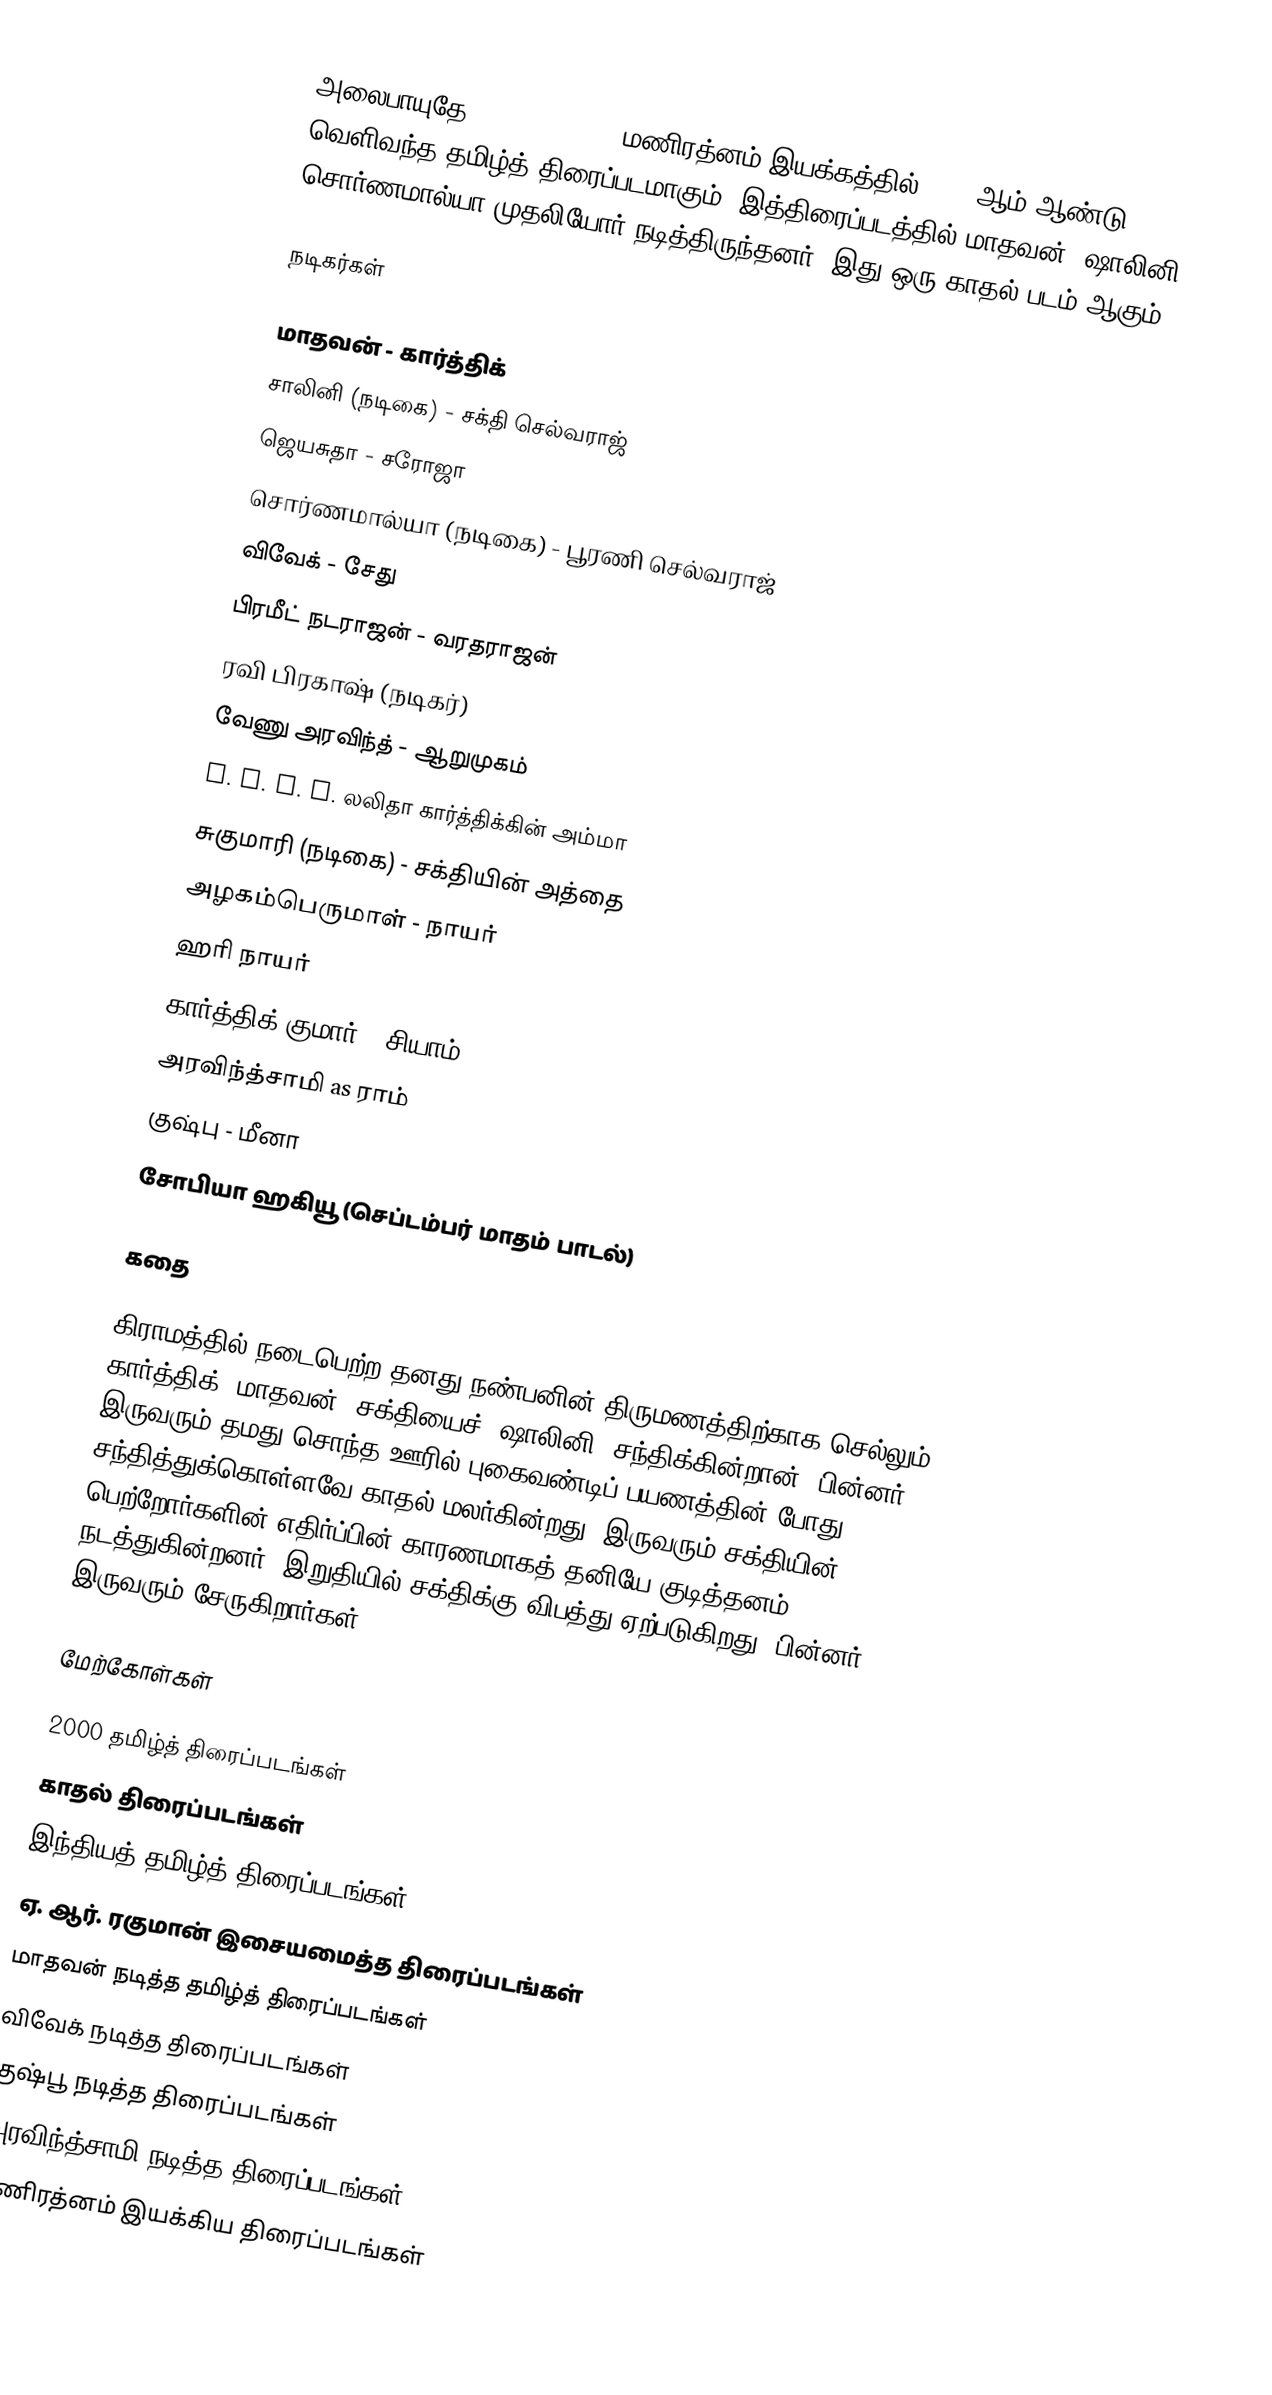
அலைபாயுதே (Alaipayudhey) மணிரத்னம் இயக்கத்தில், 2000ஆம் ஆண்டு வெளிவந்த தமிழ்த் திரைப்படமாகும். இத்திரைப்படத்தில் மாதவன், ஷாலினி, சொர்ணமால்யா முதலியோர் நடித்திருந்தனர். இது ஒரு காதல் படம் ஆகும்.

நடிகர்கள்

 மாதவன் - கார்த்திக்
 சாலினி (நடிகை) - சக்தி செல்வராஜ்
 ஜெயசுதா - சரோஜா
 சொர்ணமால்யா (நடிகை) - பூரணி செல்வராஜ்
 விவேக் - சேது
 பிரமீட் நடராஜன் - வரதராஜன்
 ரவி பிரகாஷ் (நடிகர்)
 வேணு அரவிந்த் - ஆறுமுகம்
 K. P. A. C. லலிதா கார்த்திக்கின் அம்மா
 சுகுமாரி (நடிகை) - சக்தியின் அத்தை
 அழகம்பெருமாள் - நாயர்
 ஹரி நாயர்
 கார்த்திக் குமார் - சியாம்
 அரவிந்த்சாமி as ராம்
 குஷ்பு - மீனா
 சோபியா ஹகியூ (செப்டம்பர் மாதம் பாடல்)

கதை

கிராமத்தில் நடைபெற்ற தனது நண்பனின் திருமணத்திற்காக செல்லும் கார்த்திக் (மாதவன்) சக்தியைச் (ஷாலினி) சந்திக்கின்றான். பின்னர் இருவரும் தமது சொந்த ஊரில் புகைவண்டிப் பயணத்தின் போது சந்தித்துக்கொள்ளவே காதல் மலர்கின்றது. இருவரும் சக்தியின் பெற்றோர்களின் எதிர்ப்பின் காரணமாகத் தனியே குடித்தனம் நடத்துகின்றனர். இறுதியில் சக்திக்கு விபத்து ஏற்படுகிறது. பின்னர் இருவரும் சேருகிறார்கள்.

மேற்கோள்கள்

2000 தமிழ்த் திரைப்படங்கள்
காதல் திரைப்படங்கள்
இந்தியத் தமிழ்த் திரைப்படங்கள்
ஏ. ஆர். ரகுமான் இசையமைத்த திரைப்படங்கள்
மாதவன் நடித்த தமிழ்த் திரைப்படங்கள்
விவேக் நடித்த திரைப்படங்கள்
குஷ்பூ நடித்த திரைப்படங்கள்
அரவிந்த்சாமி நடித்த திரைப்படங்கள்
மணிரத்னம் இயக்கிய திரைப்படங்கள்